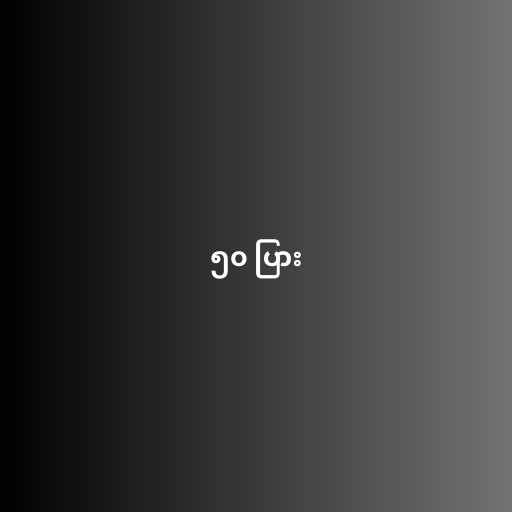
၅၀ ပြား